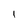
Character: I